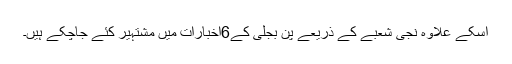
اسکے علاوہ نجی شعبے کے ذریعے پن بجلی کے6اخبارات میں مشتہیر کئے جاچکے ہیں۔